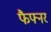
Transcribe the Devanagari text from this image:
फैफ्नर